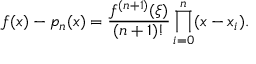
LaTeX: f ( x ) - p _ { n } ( x ) = { \frac { f ^ { ( n + 1 ) } ( \xi ) } { ( n + 1 ) ! } } \prod _ { i = 0 } ^ { n } ( x - x _ { i } ) .